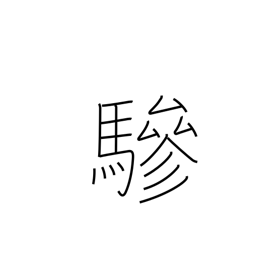
Meaning: extra driver or horse